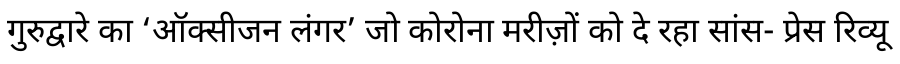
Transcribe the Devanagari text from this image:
गुरुद्वारे का ‘ऑक्सीजन लंगर’ जो कोरोना मरीज़ों को दे रहा सांस- प्रेस रिव्यू